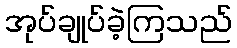
အုပ်ချုပ်ခဲ့ကြသည်